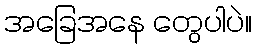
အခြေအနေ တွေပါပဲ။